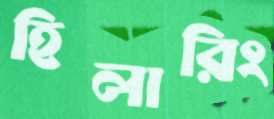
হিলারিং